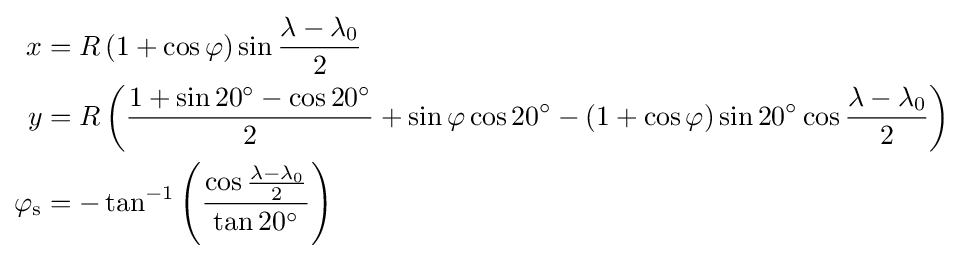
{\begin{aligned}x&=R\left(1+\cos \varphi \right)\sin {\frac {\lambda -\lambda _{0}}{2}}\\y&=R\left({\frac {1+\sin 20^{\circ }-\cos 20^{\circ }}{2}}+\sin \varphi \cos 20^{\circ }-\left(1+\cos \varphi \right)\sin 20^{\circ }\cos {\frac {\lambda -\lambda _{0}}{2}}\right)\\\varphi _{\mathrm {s} }&=-\tan ^{-1}\left({\frac {\cos {\frac {\lambda -\lambda _{0}}{2}}}{\tan 20^{\circ }}}\right)\end{aligned}}